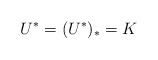
LaTeX: \begin{align*}U^\ast=(U^\ast)_\ast=K\end{align*}